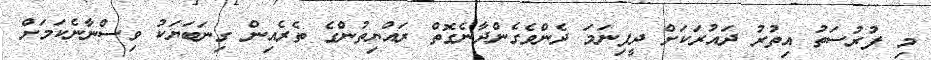
މި ފުރުސަތު އިތުރު ދަައުރަކަށް ދީފިނަމަ ދެންވެގެންދާނެގޮތް ރައްޔިތުންގެ ތެރެއިން ގިނަބަޔަކު ވިސްނާނެކަމަށް